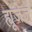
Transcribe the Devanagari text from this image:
ह्यूजेज